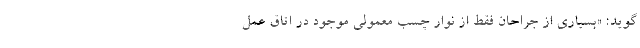
‌گوید: «بسیاری از جراحان فقط از نوار چسب معمولی موجود در اتاق عمل